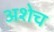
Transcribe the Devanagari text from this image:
अशेच